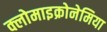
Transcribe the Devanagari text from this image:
क्लोमाइक्रोनेमिया